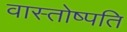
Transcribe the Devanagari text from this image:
वास्तोष्पति